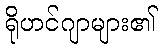
ရိုဟင်ဂျာများ၏